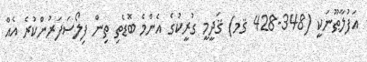
އަފުލާޠޫނަކީ (348-428 ޤމ) ޤަދީމީ ގުރީކުގެ އެންމެ ބޮޑެތި ތިން ފިލޯސަފަރުންކުރެ އެއް